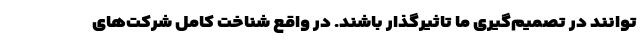
توانند در تصمیم‌گیری ما تاثیرگذار باشند. در واقع شناخت کامل شرکت‌های